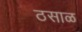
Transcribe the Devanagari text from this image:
ठसाळ